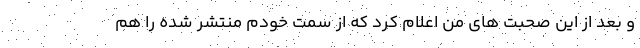
و بعد از این صحبت های من اعلام کرد که از سمت خودم منتشر شده را هم